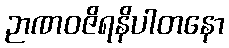
ဉာဏဝဇိရနိပါတနော